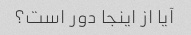
آیا از اینجا دور است؟